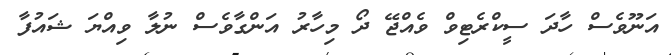
އަނޫވެސް ހާދަ ސީކްރެޓިވް ވެއްޖޭ ދޯ މިހާރު އަންގާވެސް ނުލާ ވިއްޔަ ޝައުފާ